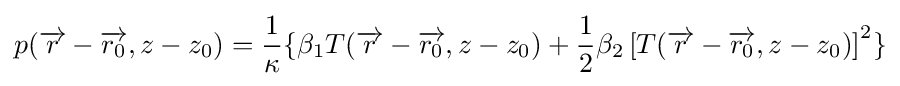
p({\overrightarrow {r}}-{\overrightarrow {r_{0}}},z-z_{0})={\frac {1}{\kappa }}\{\beta _{1}T({\overrightarrow {r}}-{\overrightarrow {r_{0}}},z-z_{0})+{\frac {1}{2}}\beta _{2}\left[T({\overrightarrow {r}}-{\overrightarrow {r_{0}}},z-z_{0})\right]^{2}\}